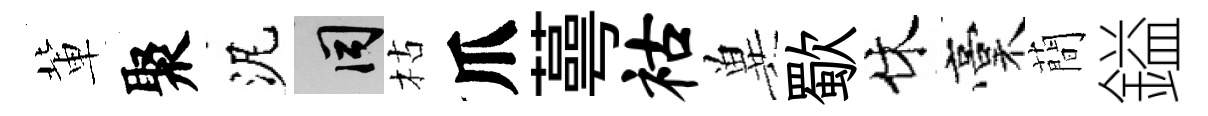
軰聚泥间枯爪蕚祜兾歜休稾蕳鎰